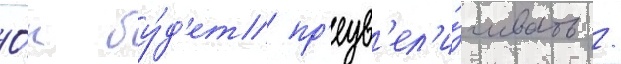
О́н бу́д'ет пр'еув'ел'и́чивать /